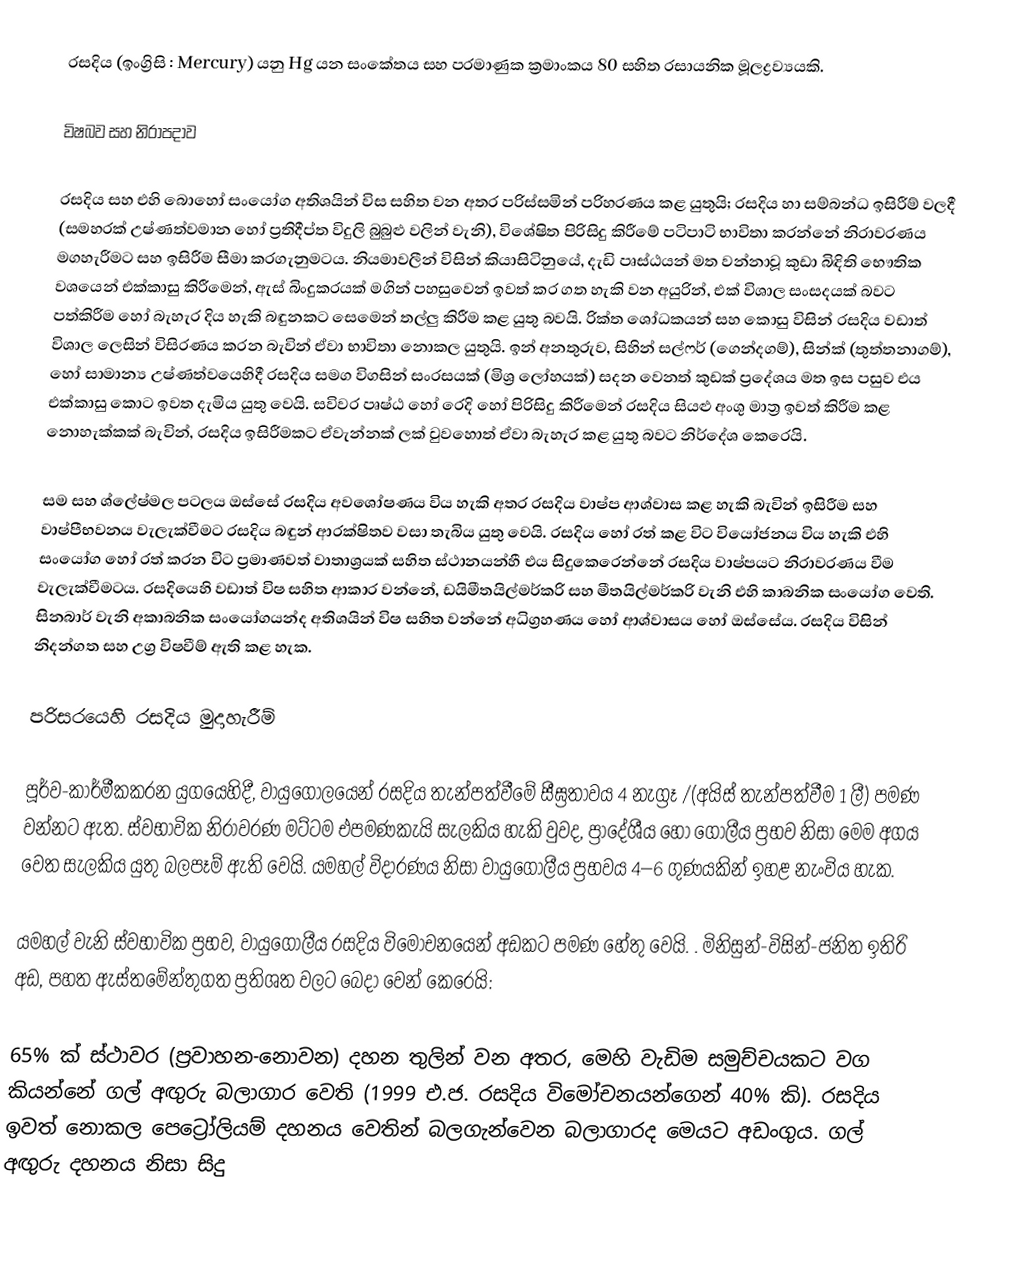
රසදිය (ඉංග්‍රිසි : Mercury) යනු Hg යන සංකේතය සහ පරමාණුක ක්‍රමාංකය 80 සහිත  රසායනික මූලද්‍රව්‍යයකි.

විෂබව සහ නිරාපදාව

රසදිය සහ එහි බොහෝ සංයෝග අතිශයින් විස සහිත වන අතර පරිස්සමින් පරිහරණය කළ යුතුයි; රසදිය හා සම්බන්ධ ඉසිරීම් වලදී (සමහරක්  උෂ්ණත්වමාන හෝ  ප්‍රතිදීප්ත විදුලි බුබුළු වලින් වැනි), විශේෂිත පිරිසිදු කිරීමේ පටිපාටි  භාවිතා කරන්නේ නිරාවරණය මගහැරීමට සහ ඉසිරීම සීමා කරගැනුමටය.  නියමාවලීන් විසින් කියාසිටිනුයේ, දැඩි පෘස්ඨයන් මත වන්නාවූ කුඩා බිඳිති භෞතික වශයෙන් එක්කාසු කිරීමෙන්, ඇස් බිංදුකරයක් මගින් පහසුවෙන් ඉවත් කර ගත හැකි වන අයුරින්, එක් විශාල  සංසදයක් බවට පත්කිරීම හෝ  බැහැර දිය හැකි බඳුනකට සෙමෙන්  තල්ලු කිරීම කළ යුතු බවයි. රික්ත ශෝධකයන් සහ කොසු විසින් රසදිය වඩාත් විශාල ලෙසින් විසිරණය කරන බැවින් ඒවා භාවිතා නොකල යුතුයි. ඉන් අනතුරුව, සිහින් සල්ෆර් (ගෙන්දගම්), සින්ක් (තුත්තනාගම්), හෝ සාමාන්‍ය උෂ්ණත්වයෙහිදී රසදිය සමග විගසින් සංරසයක් (මිශ්‍ර ලෝහයක්) සදන වෙනත් කුඩක්  ප්‍රදේශය මත ඉස පසුව එය එක්කාසු කොට ඉවත දැමිය යුතු වෙයි. සවිවර පෘෂ්ඨ හෝ රෙදි හෝ පිරිසිදු කිරීමෙන් රසදිය සියළු අංශු මාත්‍ර ඉවත් කිරීම කළ නොහැක්කක් බැවින්, රසදිය ඉසිරීමකට ඒවැන්නක් ලක් වුවහොත් ඒවා බැහැර කළ යුතු බවට නිර්දේශ කෙරෙයි.

සම සහ ශ්ලේෂ්මල පටලය ඔස්සේ රසදිය අවශෝෂණය විය හැකි අතර රසදිය වාෂ්ප ආශ්වාස කළ හැකි බැවින් ඉසිරීම සහ වාෂ්පීභවනය වැලැක්වීමට රසදිය බඳුන් ආරක්ෂිතව වසා තැබිය යුතු වෙයි. රසදිය හෝ රත් කළ විට වියෝජනය විය හැකි එහි සංයෝග හෝ රත් කරන විට ප්‍රමාණවත් වාතාශ්‍රයක් සහිත ස්ථානයන්හී එය සිදුකෙරෙන්නේ රසදිය වාෂ්පයට නිරාවරණය වීම වැලැක්වීමටය. රසදියෙහි වඩාත් විෂ සහිත ආකාර වන්නේ, ඩයිමීතයිල්මර්කරි සහ මීතයිල්මර්කරි වැනි එහි කාබනික සංයෝග වෙති. සිනබාර් වැනි අකාබනික සංයෝගයන්ද අතිශයින් විෂ සහිත වන්නේ අධිග්‍රහණය හෝ ආශ්වාසය හෝ ඔස්සේය.  රසදිය විසින් නිදන්ගත සහ උග්‍ර විෂවීම් ඇති කළ හැක.

පරිසරයෙහි රසදිය මුදාහැරීම්

පූර්ව-කාර්මීකකරන යුගයෙහිදී, වායුගෝලයෙන් රසදිය තැන්පත්වීමේ සීඝ්‍රතාවය  4 නැග්‍රෑ /(අයිස් තැන්පත්වීම 1 ලී) පමණ වන්නට ඇත. ස්වභාවික නිරාවරණ මට්ටම එපමණකැයි සැලකිය හැකි වුවද, ප්‍රාදේශීය හෝ ගෝලීය ප්‍රභව නිසා මෙම අගය වෙත සැලකිය යුතු බලපෑම් ඇති වෙයි. යමහල් විදාරණය නිසා වායුගෝලීය ප්‍රභවය  4–6 ගුණයකින් ඉහළ නැංවිය හැක.

යමහල් වැනි ස්වභාවික ප්‍රභව, වායුගෝලීය රසදිය විමෝචනයෙන් අඩකට පමණ හේතු වෙයි. . මිනිසුන්-විසින්-ජනිත ඉතිරි අඩ, පහත ඇස්තමේන්තුගත ප්‍රතිශත වලට බෙදා වෙන් කෙරෙයි:

 65% ක් ස්ථාවර (ප්‍රවාහන-නොවන)  දහන තුලින් වන අතර, මෙහි වැඩිම සමුච්චයකට වග කියන්නේ  ගල් අඟුරු බලාගාර වෙති (1999 එ.ජ. රසදිය විමෝචනයන්ගෙන් 40% කි). රසදිය ඉවත් නොකල පෙට්‍රෝලියම් දහනය වෙතින් බලගැන්වෙන බලාගාරද මෙයට අඩංගුය. ගල් අඟුරු දහනය නිසා සිදු